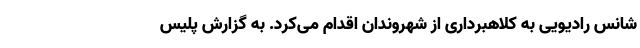
شانس رادیویی به کلاهبرداری از شهروندان اقدام می‌کرد. به گزارش پلیس